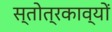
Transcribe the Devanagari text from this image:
स्तोत्रकाव्यों